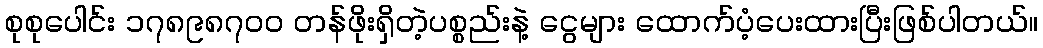
စုစုပေါင်း ၁၇၈၉၈၇၀၀ တန်ဖိုးရှိတဲ့ပစ္စည်းနဲ့ ငွေများ ထောက်ပံ့ပေးထားပြီးဖြစ်ပါတယ်။